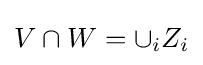
V\cap W=\cup _{i}Z_{i}